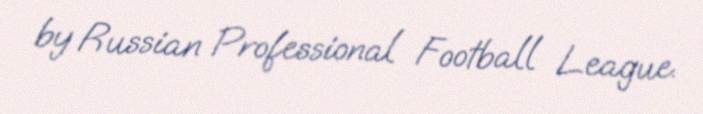
by Russian Professional Football League.